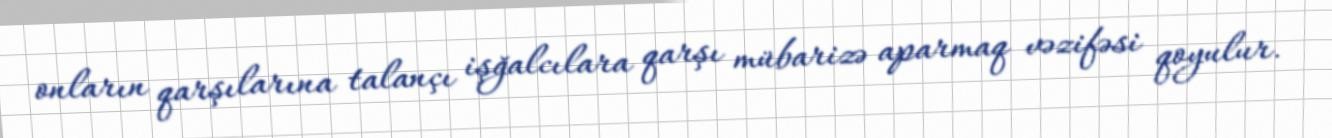
onların qarşılarına talançı işğalcılara qarşı mübarizə aparmaq vəzifəsi qoyulur.